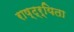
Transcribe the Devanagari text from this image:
राष्ट्र्यिता